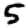
Digit: 5